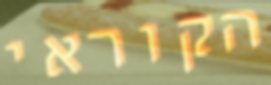
הקוראי